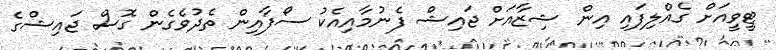
ޓީވީއަށް ގެއްލިފައި އިން ޝިޒާއަށް ޖައިޝް ފެނުމާއިއެކު ސޯފާއިން ތެދުވެގެން ގޮސް ޖައިޝްގެ